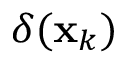
\delta ( \mathbf { x } _ { k } )